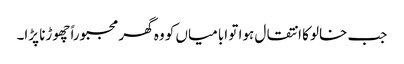
جب خالو کا انتقال ہوا تو ابا میاں کو وہ گھر مجبوراً چھوڑنا پڑا۔